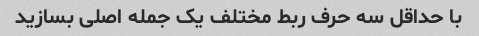
با حداقل سه حرف ربط مختلف یک جمله اصلی بسازید